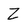
Character: Z